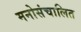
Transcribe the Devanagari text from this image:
मनोसंचालित